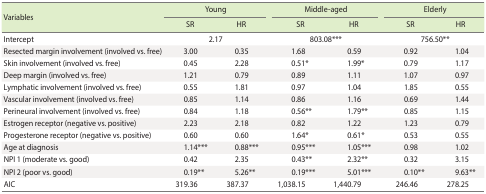
| <ROWSPAN=2> Variables | <COLSPAN=2> Young | <COLSPAN=2> Middle-aged | <COLSPAN=2> Elderly |
 | SR | HR | SR | HR | SR | HR |
 | --- | --- | --- | --- | --- | --- | --- |
 | Intercept | <COLSPAN=2> 2.17 | <COLSPAN=2> 803.08*** | <COLSPAN=2> 756.50** |
 | Resected margin involvement (involved vs. free) | 3.00 | 0.35 | 1.68 | 0.59 | 0.92 | 1.04 |
 | Skin involvement (involved vs. free) | 0.45 | 2.28 | 0.51* | 1.99* | 0.79 | 1.17 |
 | Deep margin (involved vs. free) | 1.21 | 0.79 | 0.89 | 1.11 | 1.07 | 0.97 |
 | Lymphatic involvement (involved vs. free) | 0.55 | 1.81 | 0.97 | 1.04 | 1.85 | 0.55 |
 | Vascular involvement (involved vs. free) | 0.85 | 1.14 | 0.86 | 1.16 | 0.69 | 1.44 |
 | Perineural involvement (involved vs. free) | 0.84 | 1.18 | 0.56** | 1.79** | 0.85 | 1.15 |
 | Estrogen receptor (negative vs. positive) | 2.23 | 2.18 | 0.82 | 1.22 | 1.23 | 0.79 |
 | Progesterone receptor (negative vs. positive) | 0.60 | 0.60 | 1.64* | 0.61* | 0.53 | 0.55 |
 | Age at diagnosis | 1.14*** | 0.88*** | 0.95*** | 1.05*** | 0.98 | 1.02 |
 | NPI 1 (moderate vs. good) | 0.42 | 2.35 | 0.43** | 2.32** | 0.32 | 3.15 |
 | NPI 2 (poor vs. good) | 0.19** | 5.26** | 0.19*** | 5.01*** | 0.10** | 9.63** |
 | AIC | 319.36 | 387.37 | 1,038.15 | 1,440.79 | 246.46 | 278.25 |